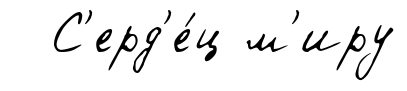
С'ерд'е́ц м'иру